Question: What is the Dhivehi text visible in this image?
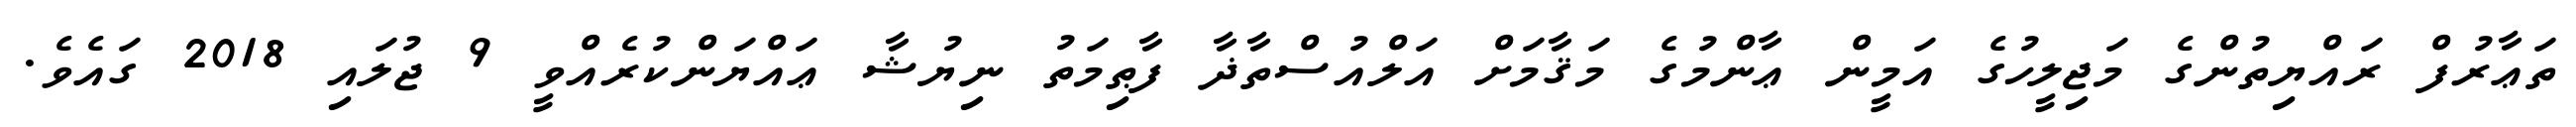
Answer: ތަޢާރުފް ރައްޔިތުންގެ މަޖިލީހުގެ އަމީން ޢާންމުގެ މަޤާމަށް އަލްއުސްތާޛާ ފާޠިމަތު ނިޔުޝާ ޢައްޔަންކުރެއްވީ 9 ޖުލައި 2018 ގައެވެ.